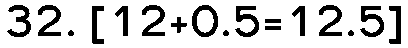
32. [12+0.5=12.5]